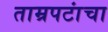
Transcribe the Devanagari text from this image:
ताम्रपटांचा